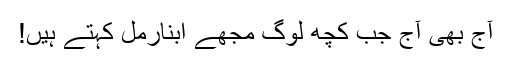
آج بھی آج جب کچھ لوگ مجھے ابنارمل کہتے ہیں!